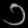
Digit: ၁